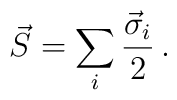
\vec S = \sum_i {\vec \sigma_i\over 2} \, .